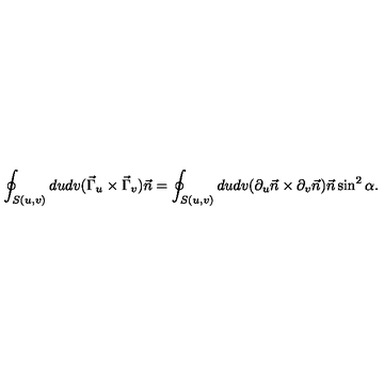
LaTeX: \oint _ { S ( u , v ) } d u d v ( \vec { \Gamma } _ { u } \times \vec { \Gamma } _ { v } ) \vec { n } = \oint _ { S ( u , v ) } d u d v ( \partial _ { u } \vec { n } \times \partial _ { v } \vec { n } ) \vec { n } \sin ^ { 2 } \alpha .